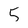
Character: 5